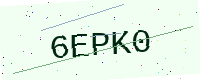
Text: 6EPK0